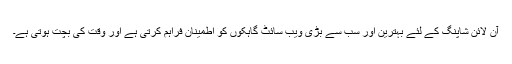
آن لائن شاپنگ کے لئے بہترین اور سب سے بڑی ویب سائٹ گاہکوں کو اطمینان فراہم کرتی ہے اور وقت کی بچت ہوتی ہے۔